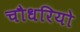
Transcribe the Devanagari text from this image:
चौधरियो